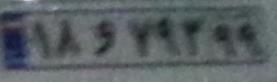
۱۸و۷۹۲۹۹